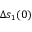
\Delta s _ { 1 } ( 0 )